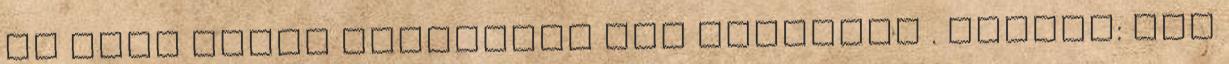
Ha ezen azzal próbálunk meg segíteni . Itthon: Azt